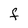
Character: F